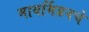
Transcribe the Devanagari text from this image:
मायर्मिडनचे